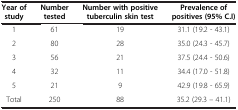
| Year of study | Number tested | Number with positive tuberculin skin test | Prevalence of positives (95% C.I) |
 | --- | --- | --- | --- |
 | 1 | 61 | 19 | 31.1 (19.2 - 43.1) |
 | 2 | 80 | 28 | 35.0 (24.3 - 45.7) |
 | 3 | 56 | 21 | 37.5 (24.4 - 50.6) |
 | 4 | 32 | 11 | 34.4 (17.0 - 51.8) |
 | 5 | 21 | 9 | 42.9 (19.8 - 65.9) |
 | Total | 250 | 88 | 35.2 (29.3 – 41.1) |